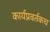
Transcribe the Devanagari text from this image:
कार्यप्रवर्तकच